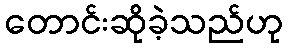
တောင်းဆိုခဲ့သည်ဟု